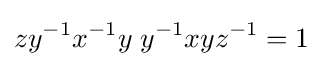
zy^{-1}x^{-1}y\;y^{-1}xyz^{-1}=1